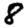
Digit: 8